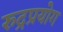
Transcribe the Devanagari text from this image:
रुद्रप्रयोग